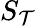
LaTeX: S_{\mathcal{T}}